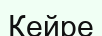
Кейре